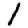
Digit: 1